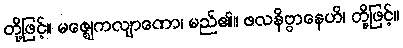
တို့ဖြင့်။ မဇ္ဈေကလျာဏော၊ မည်၏။ ဖလနိဗ္ဗာနေဟိ၊ တို့ဖြင့်။